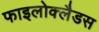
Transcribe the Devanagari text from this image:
फाइलोक्लैडस